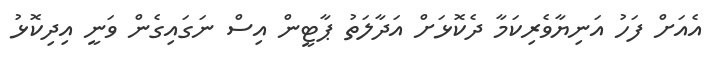
އެއަށް ފަހު އަނިޔާވެރިކަމާ ދެކޮޅަށް އަދާލަތު ޕާޓީން އިސް ނަގައިގެން ވަނީ އިދިކޮޅު